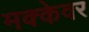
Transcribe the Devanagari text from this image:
मक्केवर